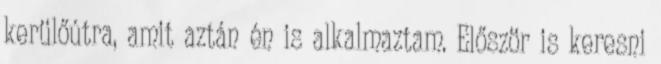
kerülőútra, amit aztán én is alkalmaztam. Először is keresni